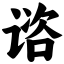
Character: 谘